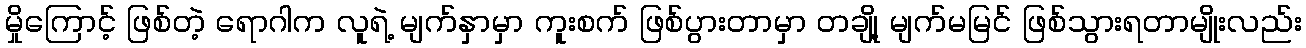
မှိုကြောင့် ဖြစ်တဲ့ ရောဂါက လူရဲ့ မျက်နှာမှာ ကူးစက် ဖြစ်ပွားတာမှာ တချို့ မျက်မမြင် ဖြစ်သွားရတာမျိုးလည်း